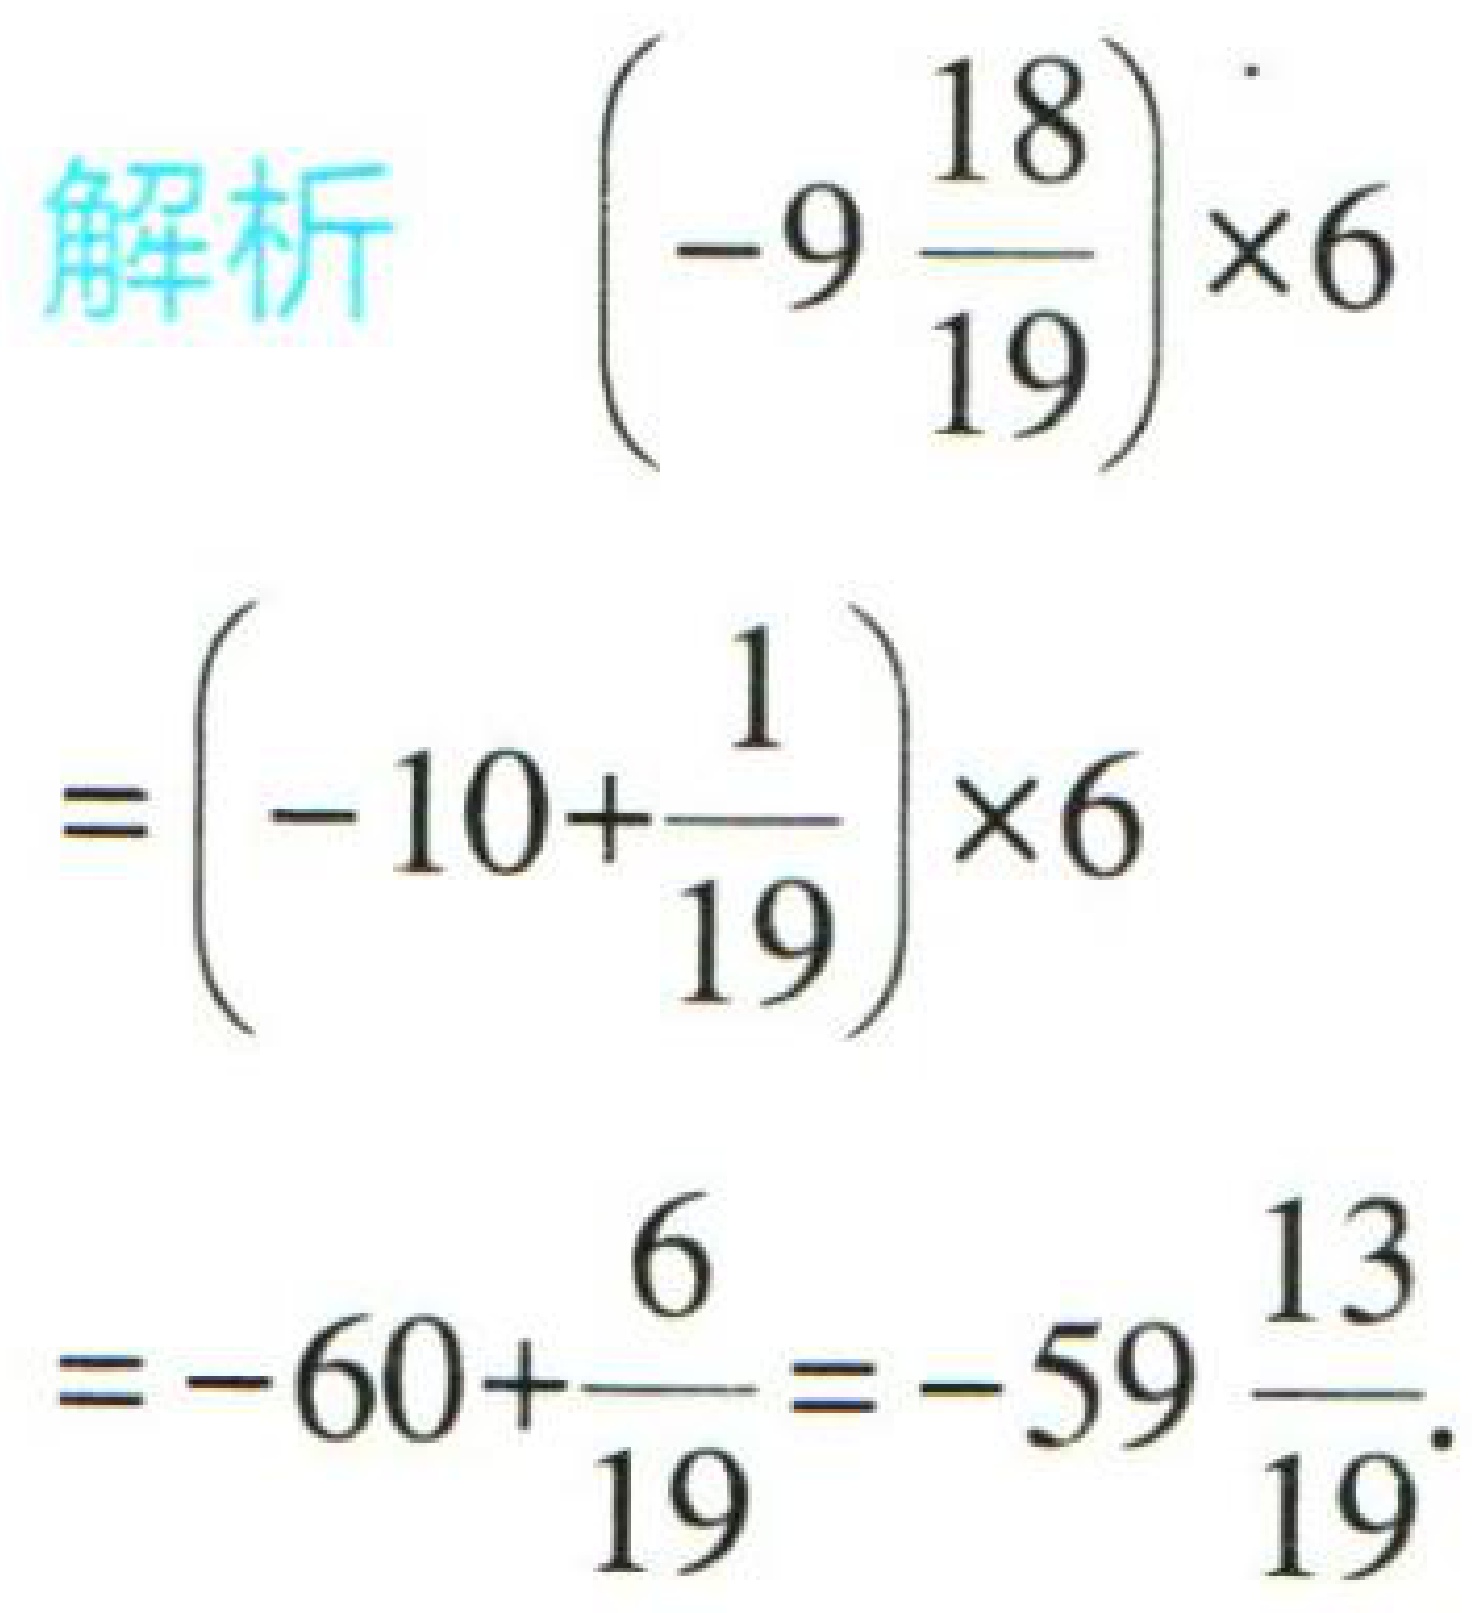
解析 \(\left(-9\frac{18}{19}\right)\times6\)
\(=\left(-10 + \frac{1}{19}\right)\times6\)
\(=-60+\frac{6}{19}=-59\frac{13}{19}\)